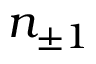
n _ { \pm 1 }